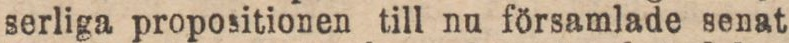
serliga propositionen till nu församlade senat